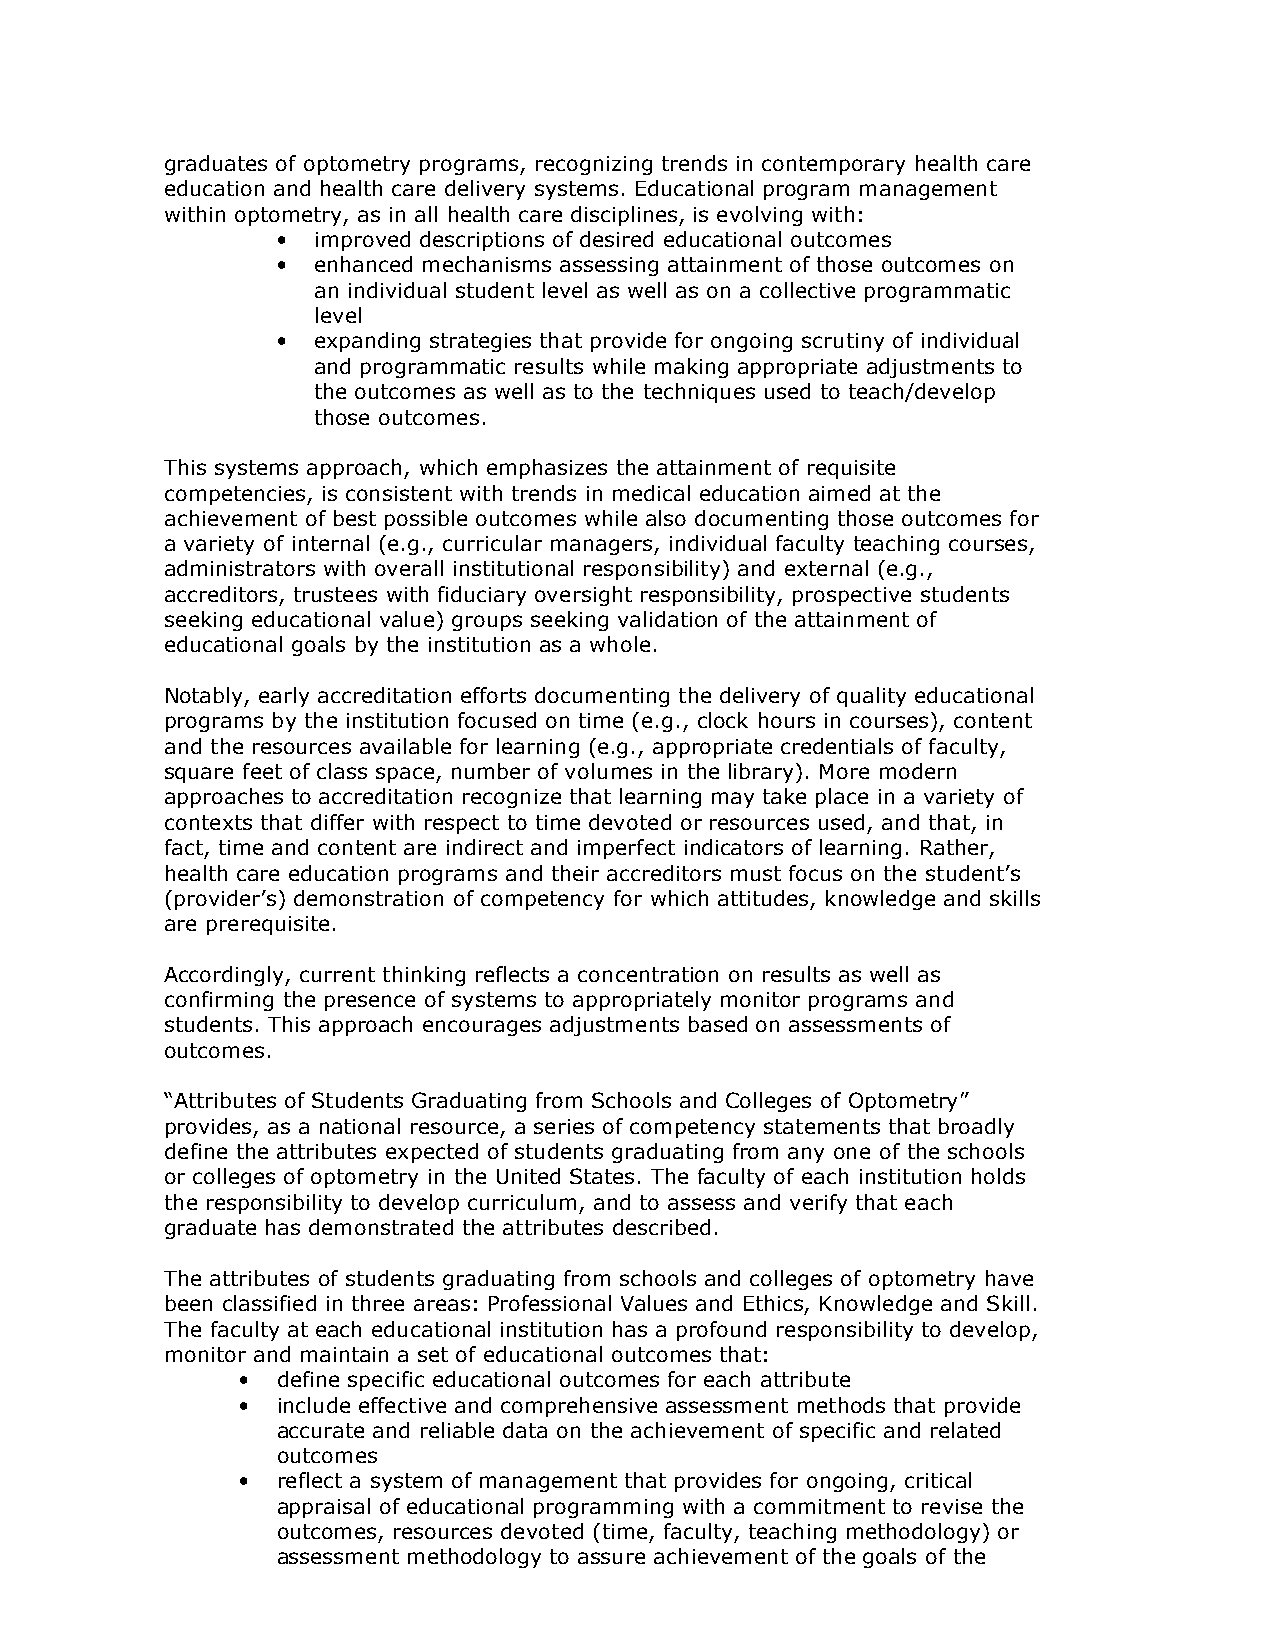
graduates of optometry programs, recognizing trends in contemporary health care
 education and health care delivery systems. Educational program management
 within optometry, as in all health care disciplines, is evolving with:
 •  improved descriptions of desired educational outcomes
 •  enhanced mechanisms assessing attainment of those outcomes on
 an individual student level as well as on a collective programmatic
 level
 •  expanding strategies that provide for ongoing scrutiny of individual
 and programmatic results while making appropriate adjustments to
 the outcomes as well as to the techniques used to teach/develop
 those outcomes.
 This systems approach, which emphasizes the attainment of requisite
 competencies, is consistent with trends in medical education aimed at the
 achievement of best possible outcomes while also documenting those outcomes for
 a variety of internal (e.g., curricular managers, individual faculty teaching courses,
 administrators with overall institutional responsibility) and external (e.g.,
 accreditors, trustees with fiduciary oversight responsibility, prospective students
 seeking educational value) groups seeking validation of the attainment of
 educational goals by the institution as a whole.
 Notably, early accreditation efforts documenting the delivery of quality educational
 programs by the institution focused on time (e.g., clock hours in courses), content
 and the resources available for learning (e.g., appropriate credentials of faculty,
 square feet of class space, number of volumes in the library). More modern
 approaches to accreditation recognize that learning may take place in a variety of
 contexts that differ with respect to time devoted or resources used, and that, in
 fact, time and content are indirect and imperfect indicators of learning. Rather,
 health care education programs and their accreditors must focus on the student’s
 (provider’s) demonstration of competency for which attitudes, knowledge and skills
 are prerequisite.
 Accordingly, current thinking reflects a concentration on results as well as
 confirming the presence of systems to appropriately monitor programs and
 students. This approach encourages adjustments based on assessments of
 outcomes.
 “Attributes of Students Graduating from Schools and Colleges of Optometry”
 provides, as a national resource, a series of competency statements that broadly
 define the attributes expected of students graduating from any one of the schools
 or colleges of optometry in the United States. The faculty of each institution holds
 the responsibility to develop curriculum, and to assess and verify that each
 graduate has demonstrated the attributes described.
 The attributes of students graduating from schools and colleges of optometry have
 been classified in three areas: Professional Values and Ethics, Knowledge and Skill.
 The faculty at each educational institution has a profound responsibility to develop,
 monitor and maintain a set of educational outcomes that:
 • define specific educational outcomes for each attribute
 • include effective and comprehensive assessment methods that provide
 accurate and reliable data on the achievement of specific and related
 outcomes
 • reflect a system of management that provides for ongoing, critical
 appraisal of educational programming with a commitment to revise the
 outcomes, resources devoted (time, faculty, teaching methodology) or
 assessment methodology to assure achievement of the goals of the